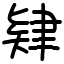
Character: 肄